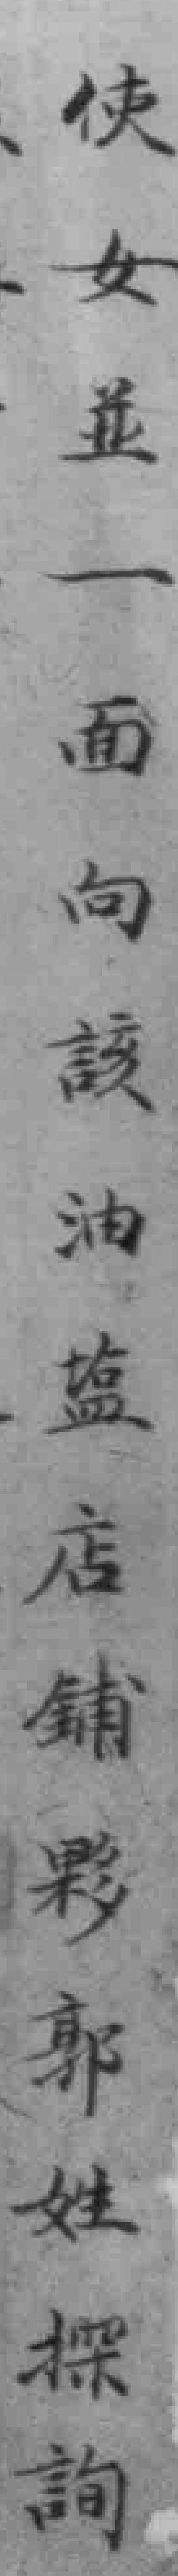
使女並一面向該油塩店铺夥郭姓探詢